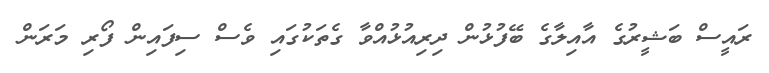
ރައީސް ބަޝީރުގެ އާއިލާގެ ބޭފުޅުން ދިރިއުޅުއްވާ ގެތަކުގައި ވެސް ސިފައިން ފޯރި މަރަން